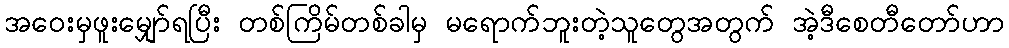
အဝေးမှဖူးမျှော်ရပြီး တစ်ကြိမ်တစ်ခါမှ မရောက်ဘူးတဲ့သူတွေအတွက် အဲ့ဒီစေတီတော်ဟာ